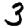
Digit: 3